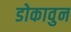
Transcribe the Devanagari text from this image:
डोकावुन